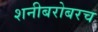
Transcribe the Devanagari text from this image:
शनीबरोबरच